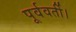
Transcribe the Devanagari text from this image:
पूर्ववर्ती।